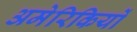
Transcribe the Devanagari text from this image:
अमेरिकियों